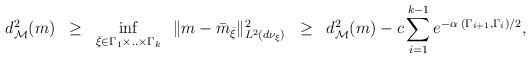
LaTeX: \begin{align*} d_{\mathcal M}^2( m)\;\;\ge\;\;\inf_{\bar \xi \in \Gamma_1\times..\times \Gamma_k}\;\; \|m-\bar m_{{\bar\xi}}\|^2_{L^2(d\nu_{\xi})} \;\;\ge\;\; d_{\mathcal M}^2( m) - c \sum_{i=1}^{ k-1}e^{-\alpha\; (\Gamma_{i+1},\Gamma_i) /2}, \end{align*}